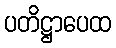
ပတိဋ္ဌာပေထ